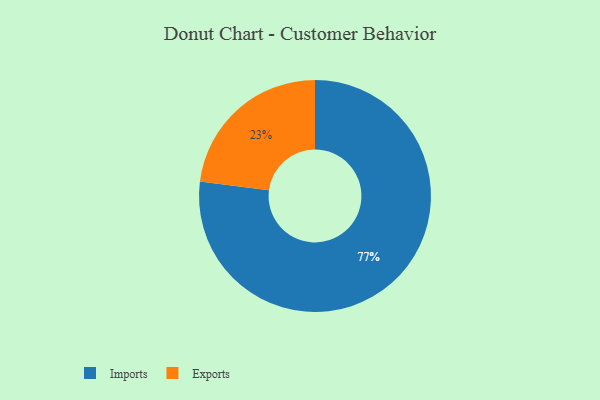
{"axis": {"x": "Category", "y": "Percentage"}, "legend": ["Exports", "Imports"], "data": [{"x": "Imports", "y": 77, "type": "Imports"}, {"x": "Exports", "y": 23, "type": "Exports"}]}